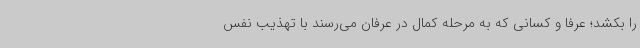
را بکشد؛ عرفا و کسانی که به مرحله کمال در عرفان می‌رسند با تهذیب نفس